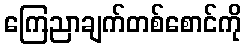
ကြေညာချက်တစ်စောင်ကို